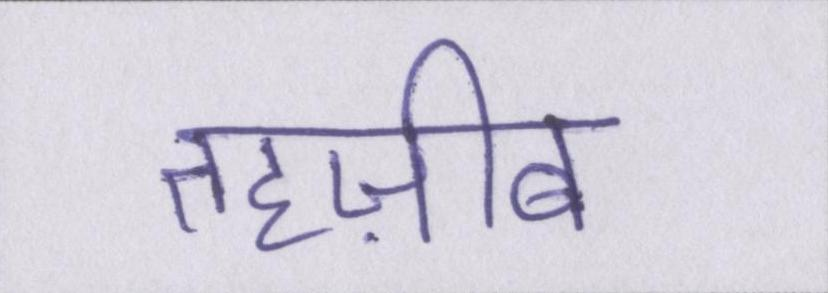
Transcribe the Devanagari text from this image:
तहज़ीब